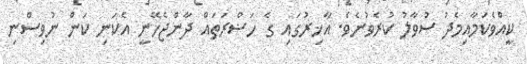
ކީއްވެކަމާއިމެދު ސުވާލު ކުރެވުނެވެ. އާޚިރުގައި ގެ ހަޟްރަތައް ދާންޖެހޭނީ އެކަނި ކަން ނުވިސްނި